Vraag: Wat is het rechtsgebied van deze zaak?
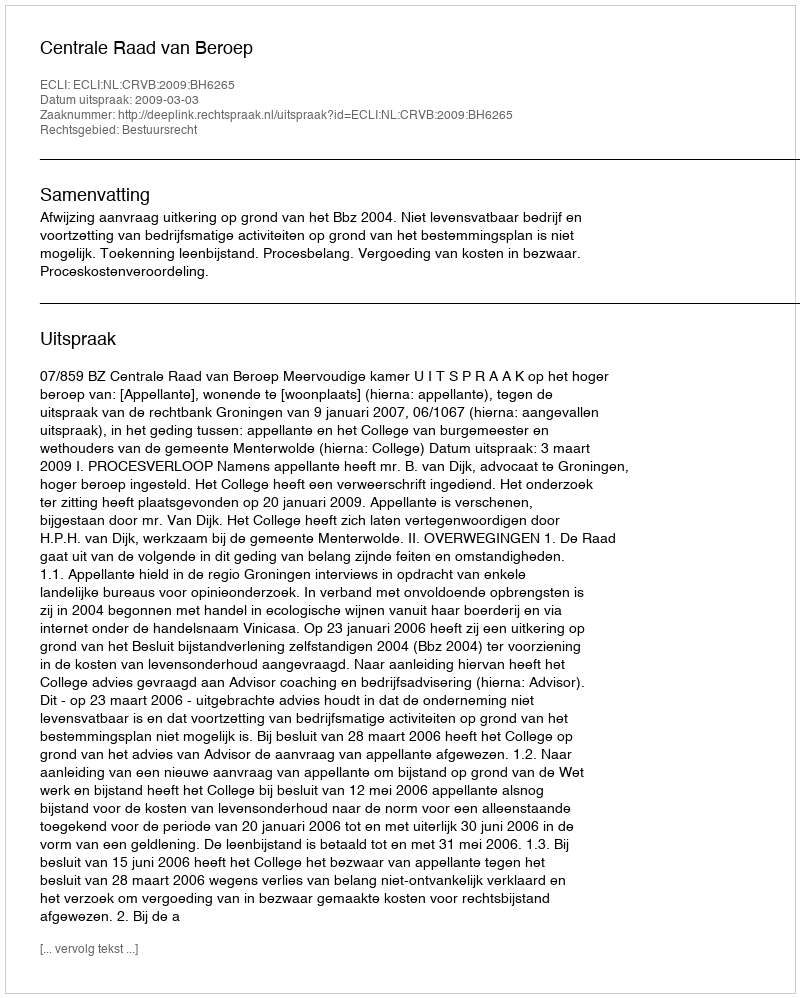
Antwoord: Bestuursrecht